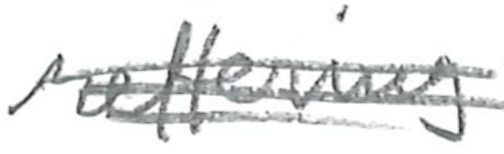
Text: referring
Cross-out: scratch
Writing tool: pencil